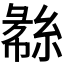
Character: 𬗧